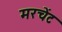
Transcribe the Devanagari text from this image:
मरचेंट